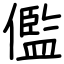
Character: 儖